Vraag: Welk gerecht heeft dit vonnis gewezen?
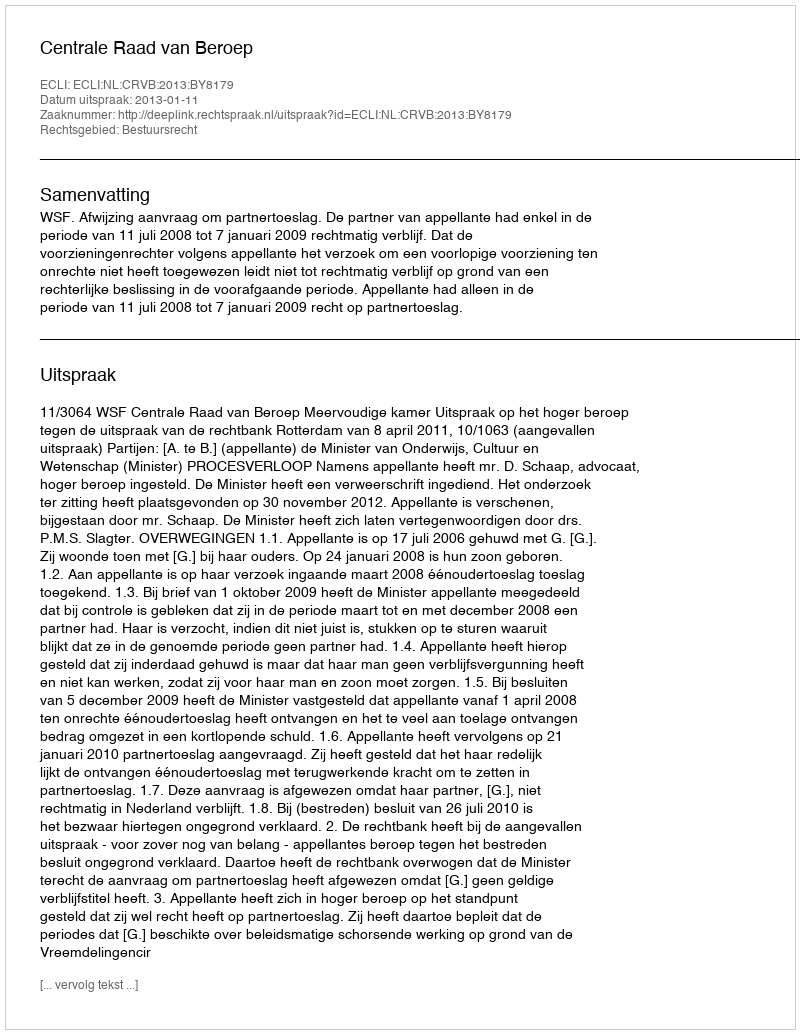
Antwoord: Centrale Raad van Beroep